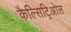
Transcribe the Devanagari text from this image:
कैल्सिट्रिओल